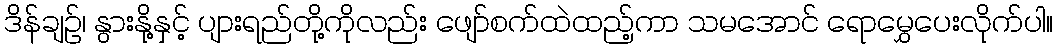
ဒိန်ချဉ်၊ နွားနို့နှင့် ပျားရည်တို့ကိုလည်း ဖျော်စက်ထဲထည့်ကာ သမအောင် ရောမွှေပေးလိုက်ပါ။